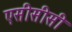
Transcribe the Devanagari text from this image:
एसीसीसी